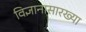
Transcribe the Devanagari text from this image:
विज्ञानासारख्या